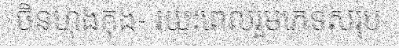
ចិនហុងកុង- រយៈពេលរួមភេទសរុប